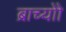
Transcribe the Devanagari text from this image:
ब्राच्योो